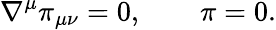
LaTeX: \nabla^{\mu}\pi_{\mu\nu}=0,\qquad\pi=0.